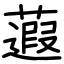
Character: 蕸